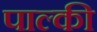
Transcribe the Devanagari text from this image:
पाल्की